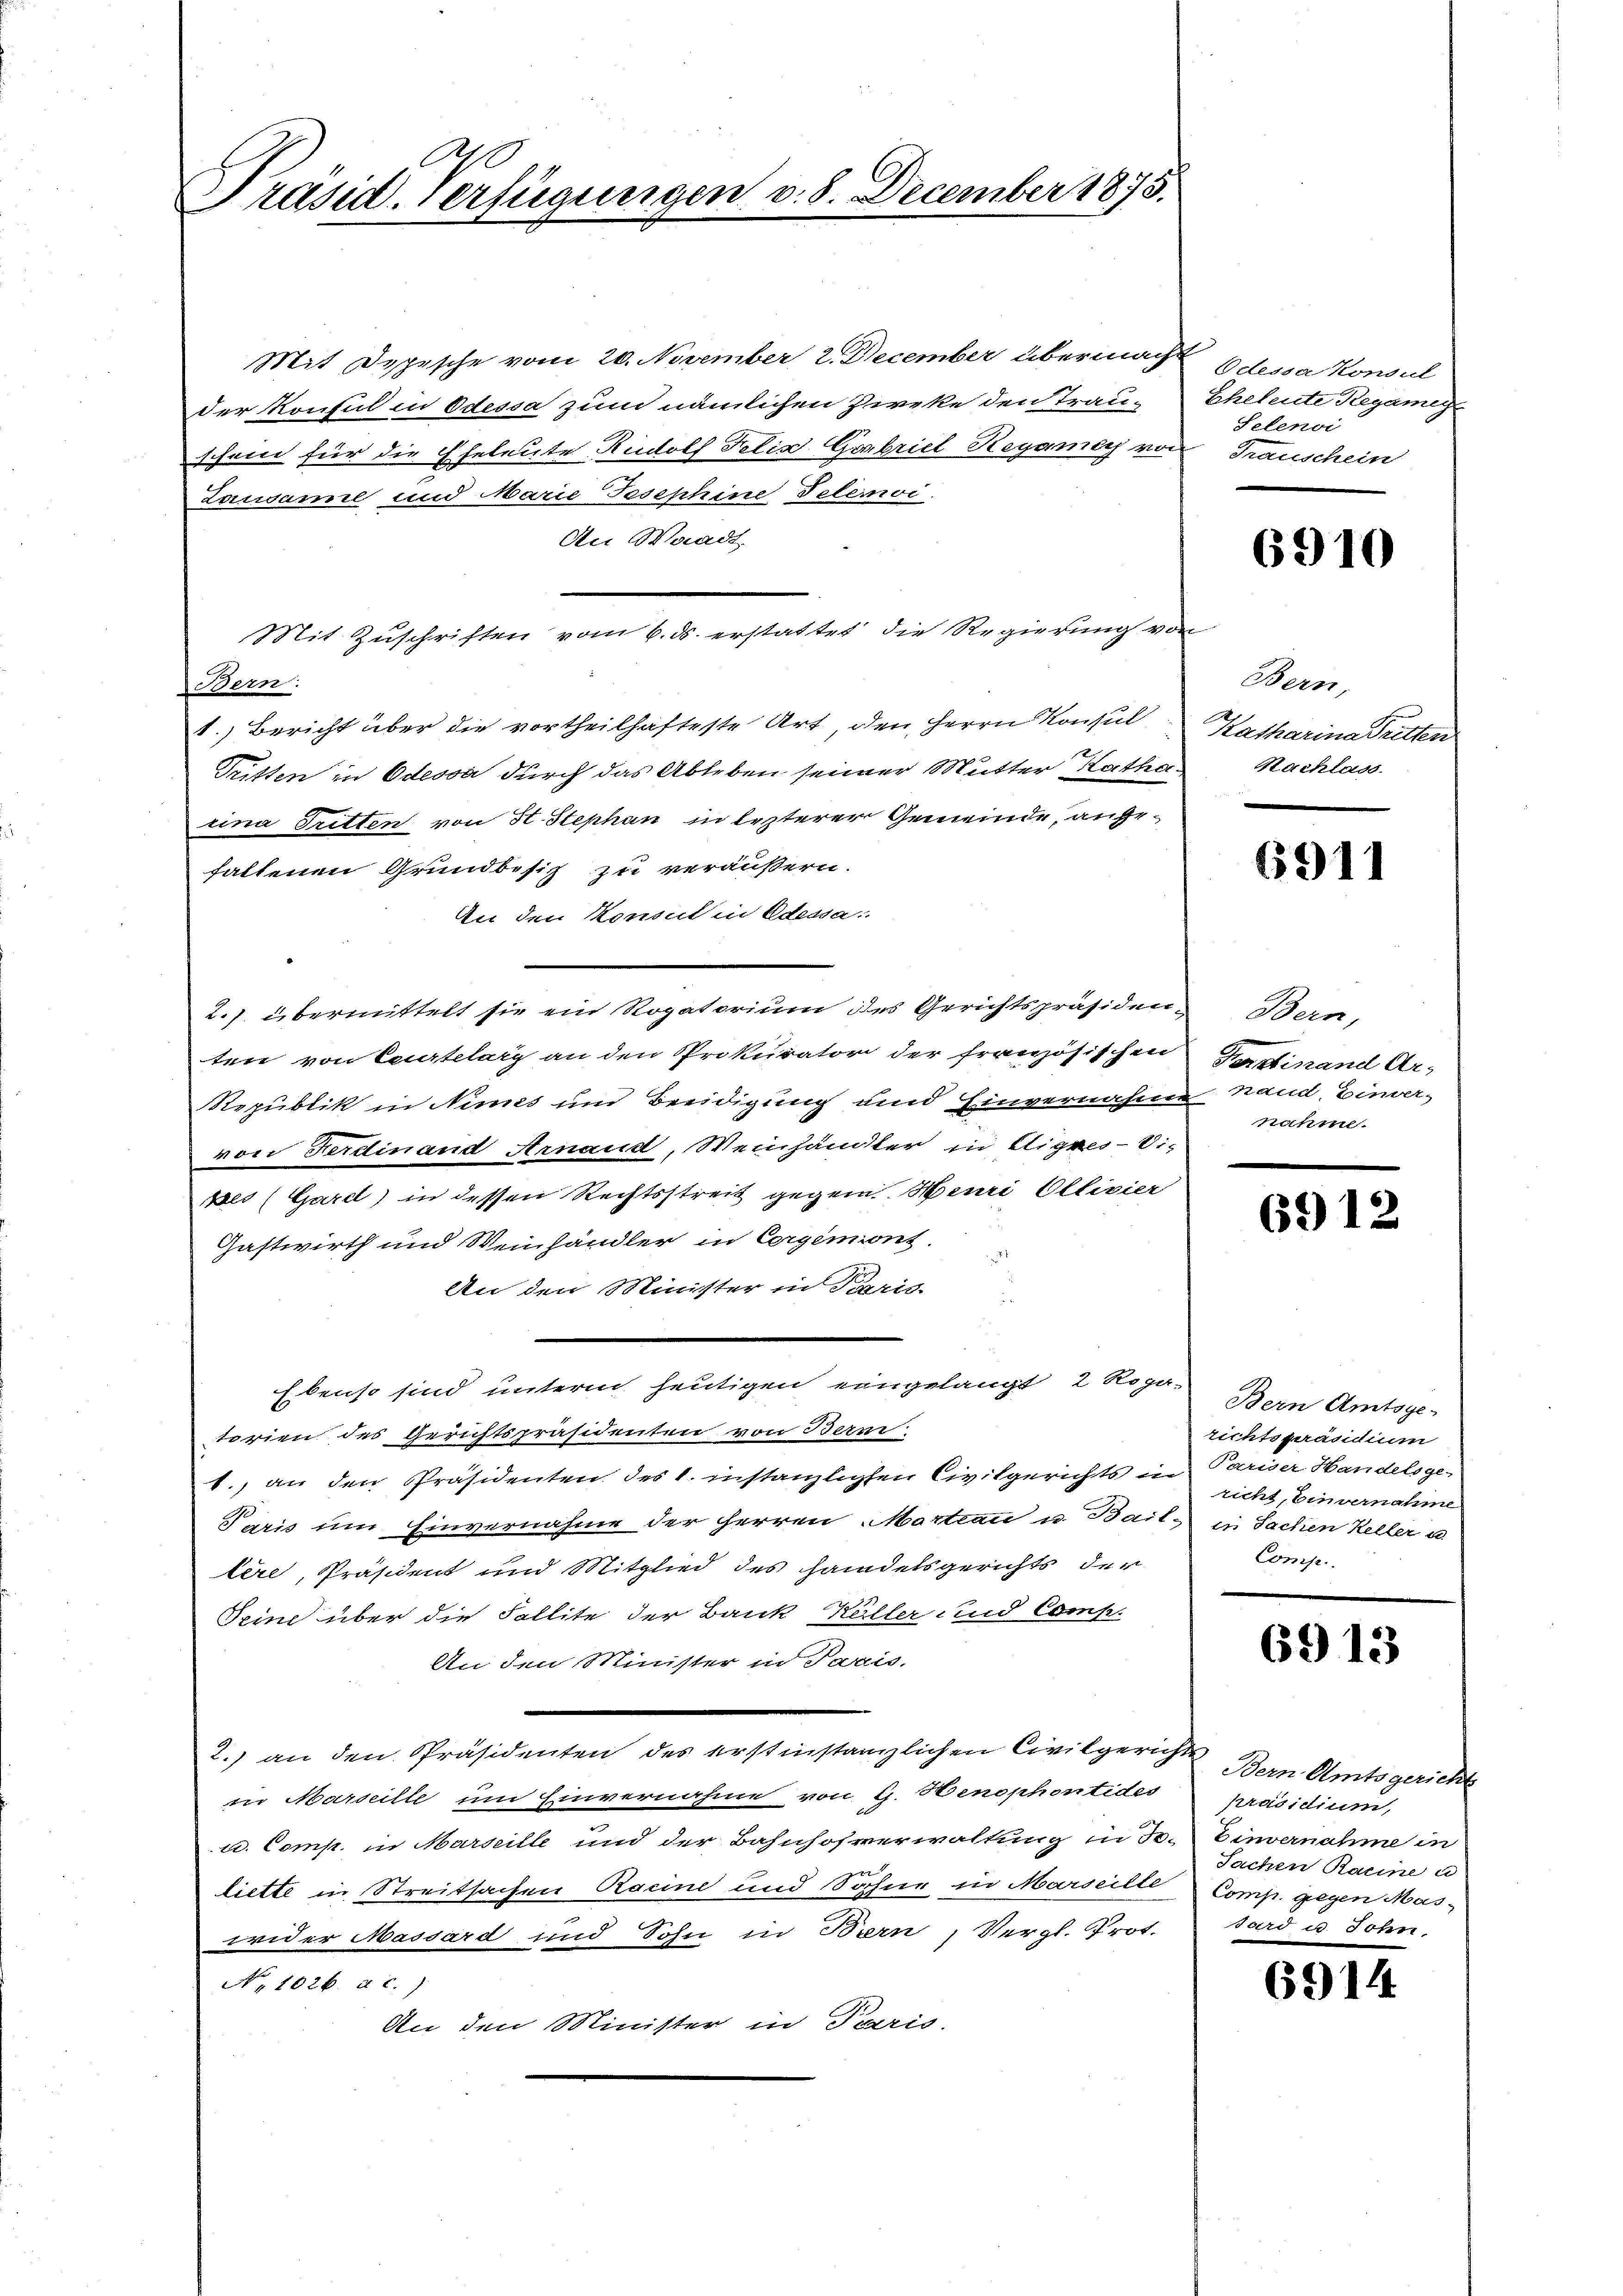
Präsid. Verfügungen v. 8. December 1875.

Mit Depesche vom 20. November 2. December übermacht Odessa Konsul
der Konsul in Odessa zum nämlichen Zirke den Trau-
schein für die Eheleute Rudolf Felix Gorbriel Regamey von Trauschein
Zansame und Marie Josephine Telemoi
An Waadt,
Bern:
1.) Bericht über die vortheilhafteste Art, den Herrn Konsul
1211
Tritten in Odessa durch das Ableben seiner Mutter Katha
eina Tritten von St. Stephan in lezterer Gemeinde, angehaltenen Grundbesitz zu veräußern.
An den Konsul in Odessa:
2.). übermittelt sie ein Rogatorium des Gerichtspräsiden
ten von Leurtelary an den Prokurator der französischen
Republik in Nimes und Beeidigung und Einvernahm
von Ferdinand Arnaud, Weinhändter in Eignes - Si¬
Bes (Garel) in dessen Rechtsstreit gegen Heuri Ollivier
Gastwirth und Weinhändler in Corgemont.
An den Minister in Paris.
Ebenso sind unterm heutigen eingelangt, 2 Ropa-
torien des Gerichtspräsidenten von Bern
1., an den Präsidenten des 1. instanzlichen Civilgerichts in
Paris um Einvernahme der Herren Martian u. Bail, in Sachen Keller u
tère, Präsident und Mitglied des handelsgerichts der
Seine über die Fallite der Bank Küller und Comp.
An den Minister in Paris.
2.) an der Herstehenen der ehelichen sehen berechen ge
in Marseille um Einvernahme von G. Henophontides Präsidium,
u. Comp. in Marseille und der Bahnhofverwaltung in Se. Einvernahme in
liette in Streitsachen Racine und Sohne in Marseille Comp. gegen Mas-
wider Massard und Sohn in Bern, Vergl. Prot. Sard u. Sohn,
No 1026. a. c.)
An den Minister in Paris.

Mit Zuschriften vom 6. ds. erstattet die Regierung vo

Eheleute Regamig
Selenoi

6910

Bern,
Katharina Tritten
Nachlass

6911

Bern,
Fereinand Arnand, Einver-
nahme.

691

e

Bern Amtsge-
richtspräsidium
Pariser Handelsge-
richt, Einvernahme
Comp.

6913

Bern Amtsgericht
Sachen Raine u

6914